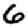
Digit: 6